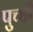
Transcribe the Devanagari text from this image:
पुच्छी